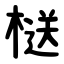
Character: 㮸